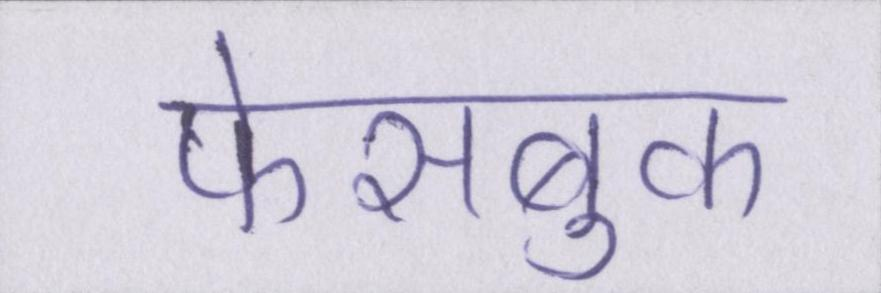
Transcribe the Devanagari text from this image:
फेसबुक